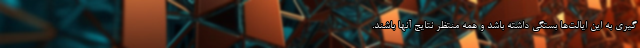
گیری به این ایالت‌ها بستگی داشته باشد و همه منتظر نتایج آنها باشند.